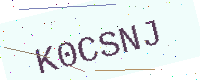
Text: K0CSNJ